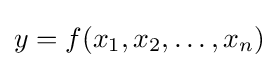
y=f(x_{1},x_{2},\ldots ,x_{n})